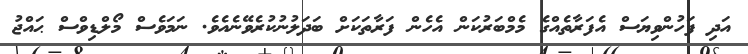
އަދި ފަހުންވިޔަސް އެފަރާތެއްގެ މެމްބަރުކަން އެހެން ފަރާތަކަށް ބަދަލުނުކުރެވޭނެއެވެ. ނަމަވެސް މޯލްޑިވްސް ޙައްޖު